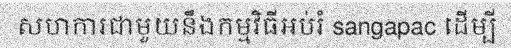
សហការជាមួយនឹងកម្មវិធីអប់រំ sangapac ដើម្បី